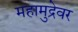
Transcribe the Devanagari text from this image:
महामुद्रेवर